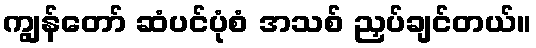
ကျွန်တော် ဆံပင်ပုံစံ အသစ် ညှပ်ချင်တယ်။